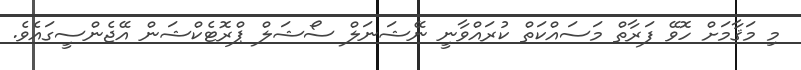
މި މަޤާމަށް ހޮވޭ ފަރާތްް މަސައްކަތް ކުރައްވާނީ ނޭޝަނަލް ސޯޝަލް ޕްރޮޓެކްޝަން އޭޖެންސީގައެވެ.